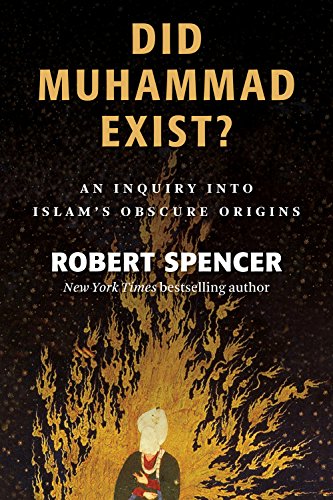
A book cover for Did Muhammad Exist?: An Inquiry into Islam's Obscure Origins; Robert Spencer; Religion & Spirituality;